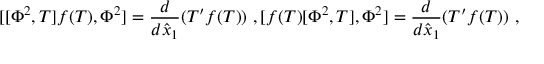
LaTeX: [ [ \Phi ^ { 2 } , T ] f ( T ) , \Phi ^ { 2 } ] = \frac { d } { d \hat { x } _ { 1 } } ( T ^ { \prime } f ( T ) ) \ , [ f ( T ) [ \Phi ^ { 2 } , T ] , \Phi ^ { 2 } ] = \frac { d } { d \hat { x } _ { 1 } } ( T ^ { \prime } f ( T ) ) \ ,